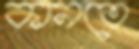
কানতে